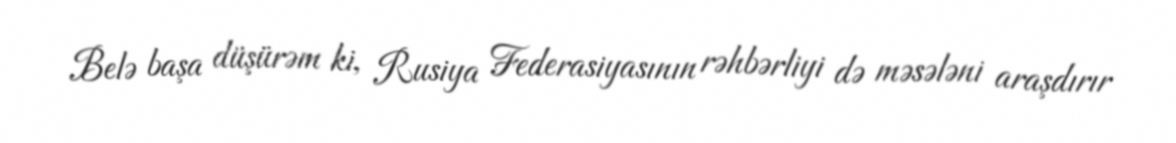
Belə başa düşürəm ki, Rusiya Federasiyasının rəhbərliyi də məsələni araşdırır